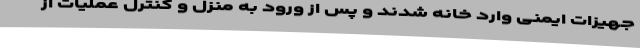
جهیزات ایمنی وارد خانه شدند و پس از ورود به منزل و کنترل عملیات از